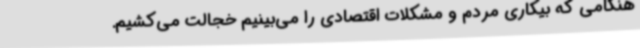
هنگامی که بیکاری مردم و مشکلات اقتصادی را می‌بینیم خجالت می‌کشیم.